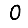
Digit: 0